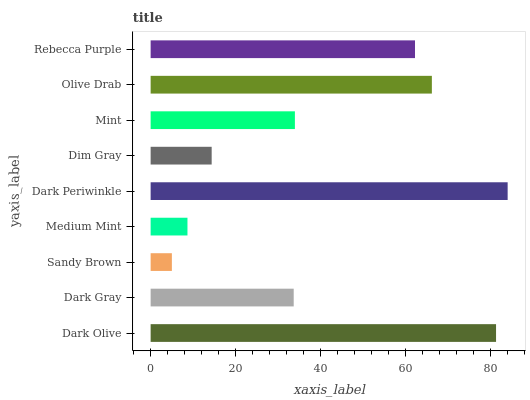
| yaxis_label | bars |
 | --- | --- |
 | Dark Olive | 81.3 |
 | Dark Gray | 33.7 |
 | Sandy Brown | 5 |
 | Medium Mint | 8.67 |
 | Dark Periwinkle | 84 |
 | Dim Gray | 14.4 |
 | Mint | 33.9 |
 | Olive Drab | 66.2 |
 | Rebecca Purple | 62.2 |